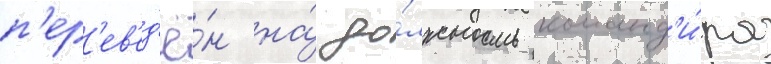
п'ер'ев'ед'ё́н на́ до́лжность команд'и́ра